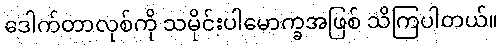
ဒေါက်တာလုစ်ကို သမိုင်းပါမောက္ခအဖြစ် သိကြပါတယ်။